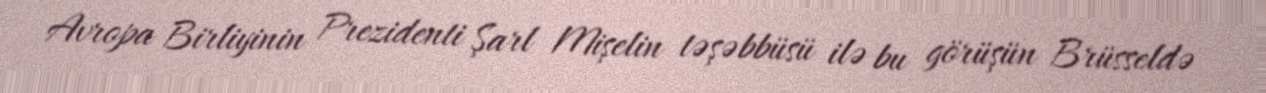
Avropa Birliyinin Prezidenti Şarl Mişelin təşəbbüsü ilə bu görüşün Brüsseldə